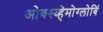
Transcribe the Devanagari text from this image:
ओक्स्य्हेमोग्लोबिं